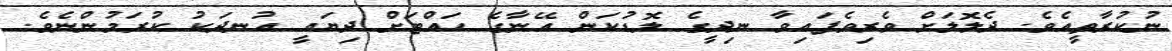
ނުކުރާތީއެވެ. ދެލޮލަށް ވެރިވެފައިވާ ނިދީގެ ލޮޑުކަން އޭނާގެ ހައްޓަށް ދިޔައީ އުނދަކު ކުރަމުންނެވެ.